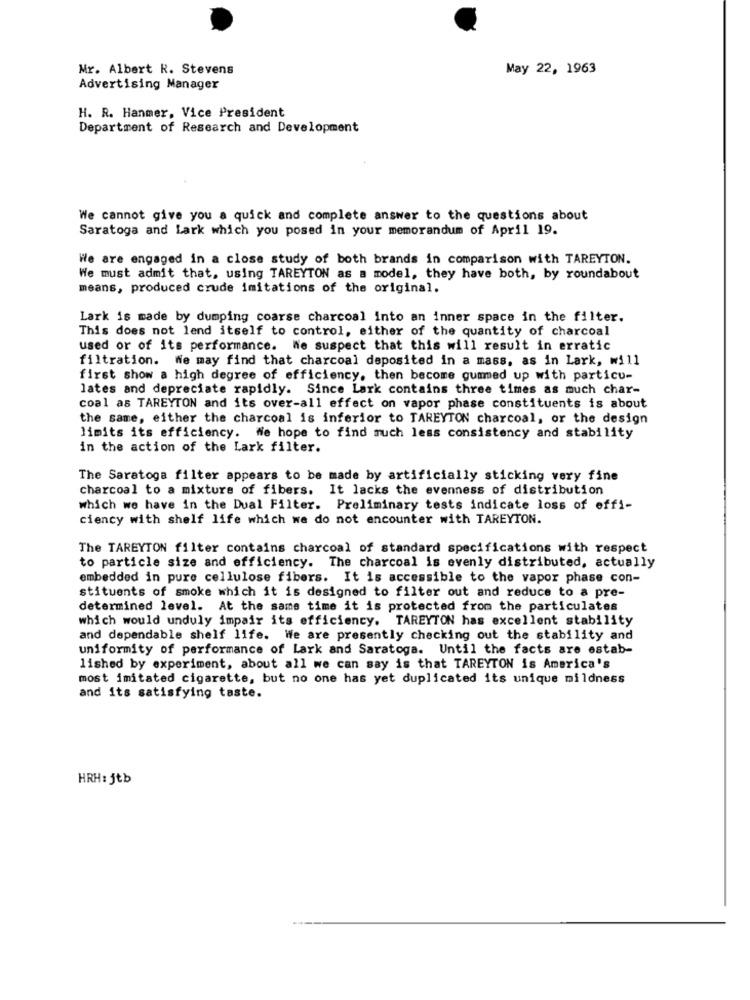
Mr. Albert R. Stevens
May 22, 1963
Advertising Manager
H. R. Hanmer, Vice President
Department of Research and Development
We cannot give you a quick and complete answer to the questions about
Saratoga and Lark which you posed in your memorandum of April 19.
We are engaged in a close study of both brands in comparison with TAREYTON.
We must admit that, using TAREYTON as a model, they have both, by roundabout
means, produced crude imitations of the original.
Lark is made by dumping coarse charcoal into an inner space in the filter.
This does not lend itself to control, either of the quantity of charcoal
used or of its performance. We suspect that this will result in erratic
filtration. We may find that charcoal deposited in a mass, as in Lark, will
first show a high degree of efficiency, then become gummed up with particu-
lates and depreciate rapidly. Since Lark contains three times as much char-
coal as TAREYTON and its over-all effect on vapor phase constituents is about
the same, either the charcoal is inferior to TAREYTON charcoal, or the design
limits its efficiency. We hope to find much less consistency and stability
in the action of the Lark filter.
The Saratoga filter appears to be made by artificially sticking very fine
charcoal to a mixture of fibers. It lacks the evenness of distribution
which we have in the Dual Filter. Preliminary tests indicate loss of effi-
ciency with shelf life which we do not encounter with TAREYTON.
The TAREYTON filter contains charcoal of standard specifications with respect
to particle size and efficiency. The charcoal is evenly distributed, actually
embedded in pure cellulose fibers. It is accessible to the vapor phase con-
stituents of smoke which it is designed to filter out and reduce to a pre-
determined level. At the same time it is protected from the particulates
which would unduly impair its efficiency. TAREYTON has excellent stability
and dependable shelf life. We are presently checking out the stability and
uniformity of performance of Lark and Saratoga. Until the facts are estab-
lished by experiment, about all we can say is that TAREYTON is America's
most imitated cigarette, but no one has yet duplicated its unique mildness
and its satisfying taste.
HRH:jtb